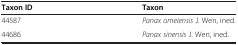
| Taxon ID | Taxon |
 | --- | --- |
 | 44587 | Panax omeiensis J. Wen, ined. |
 | 44686 | Panax sinensis J. Wen, ined. |